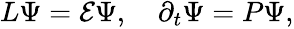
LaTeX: \begin{array}{r}{L\Psi=\mathcal{E}\Psi,\quad\partial_{t}\Psi=P\Psi,}\end{array}